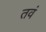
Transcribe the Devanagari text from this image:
तवं